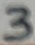
Text: 3